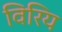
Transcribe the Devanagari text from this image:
विरिय